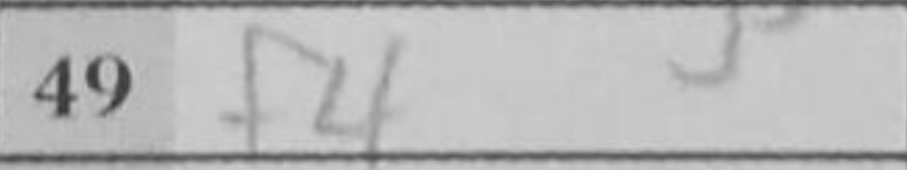
Transcription: f4